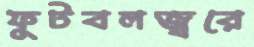
ফুটবলজ্বরে